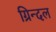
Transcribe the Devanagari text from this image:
ग्रिन्दल